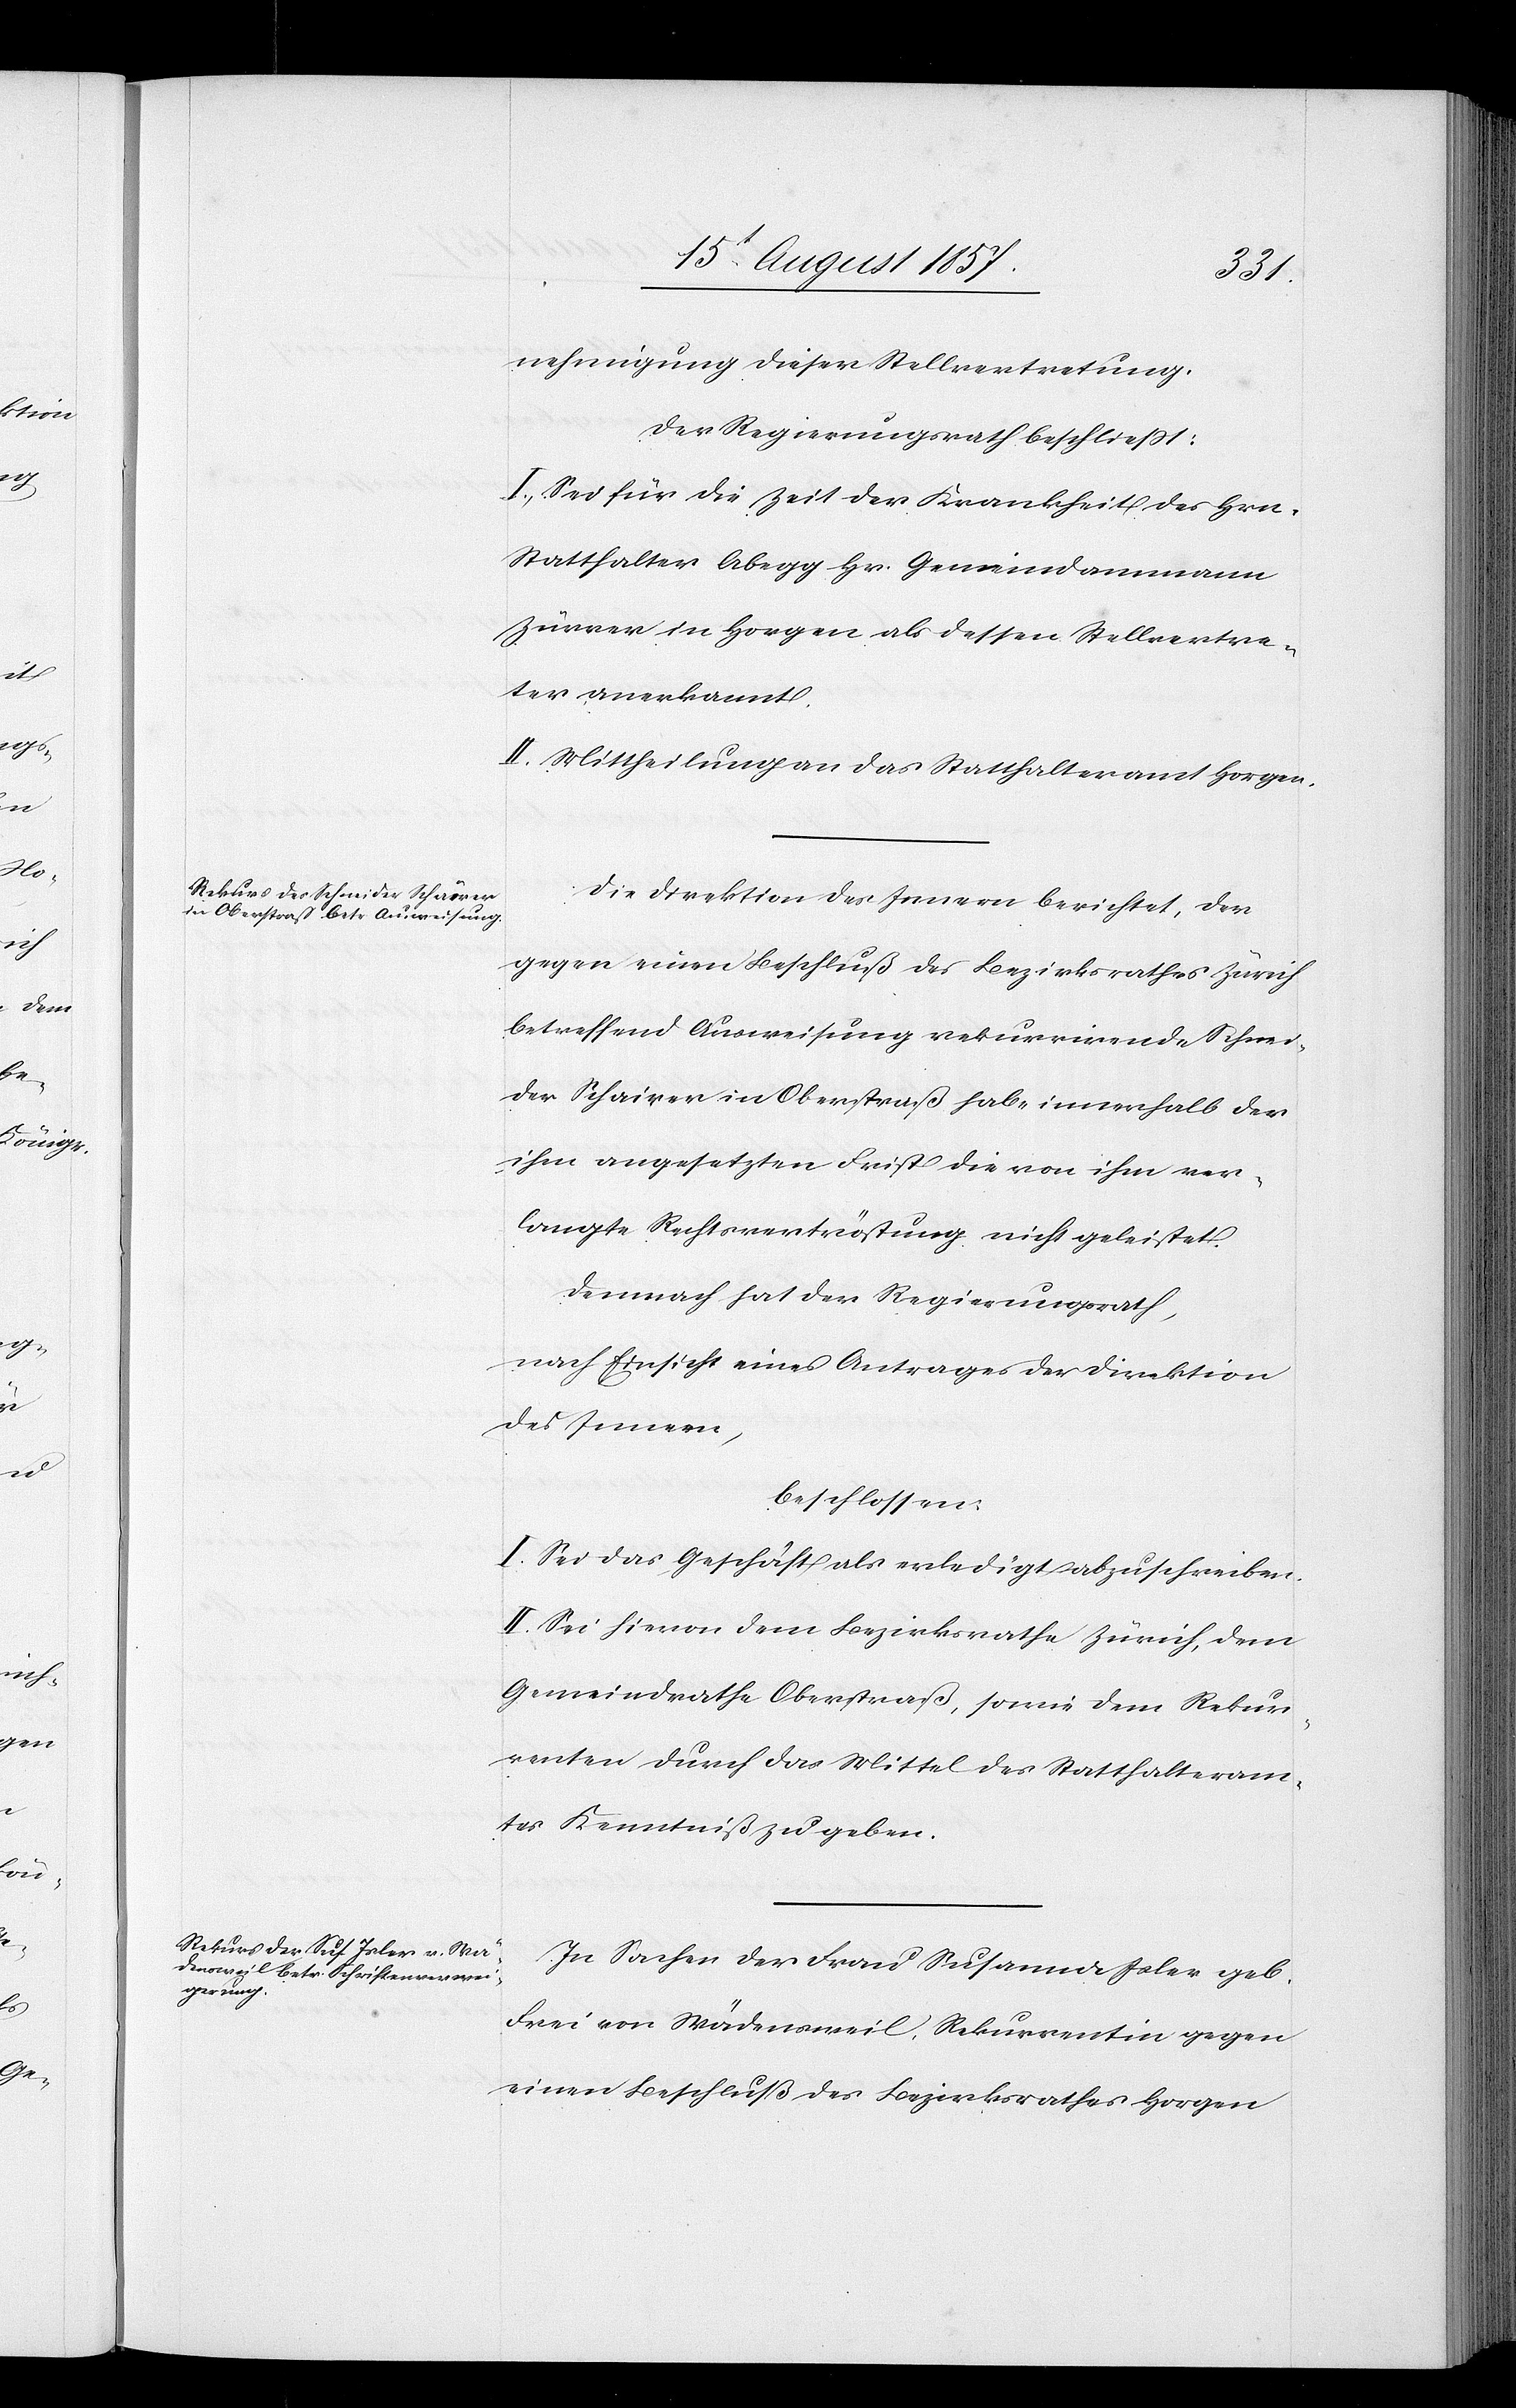
nehmigung dieser Stellvertretung.
Der Regierungsrath beschließt:
I. Sei für die Zeit der Krankheit des Hrn.
Statthalter Abegg Hr. Gemeindammann
Zürrer in Horgen als dessen Stellvertre¬
ter anerkannt.
II. Mittheilung an das Statthalteramt Horgen.
Die Direktion des Innern berichtet, der
gegen einen Beschluß des Bezirksrathes Zürich
betreffend Ausweisung rekurrirende Schnei¬
der Schairer in Oberstraß habe innerhalb der
ihm angesetzten Frist die von ihm ver¬
langte Rechtsvertröstung nicht geleistet.
Demnach hat der Regierungsrath,
nach Einsicht eines Antrages der Direktion
des Innern,
beschlossen:
I. Sei das Geschäft als erledigt abzuschreiben.
II. Sei hievon dem Bezirksrathe Zürich, dem
Gemeindrathe Oberstraß, sowie dem Rekur¬
renten durch das Mittel des Statthalteram¬
tes Kenntniß zu geben.
In Sachen der Frau Susanna Isler geb.
Frei von Wädensweil, Rekurrentin gegen
einen Beschluß des Bezirksrathes Horgen